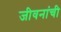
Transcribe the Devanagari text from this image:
जीवनांची